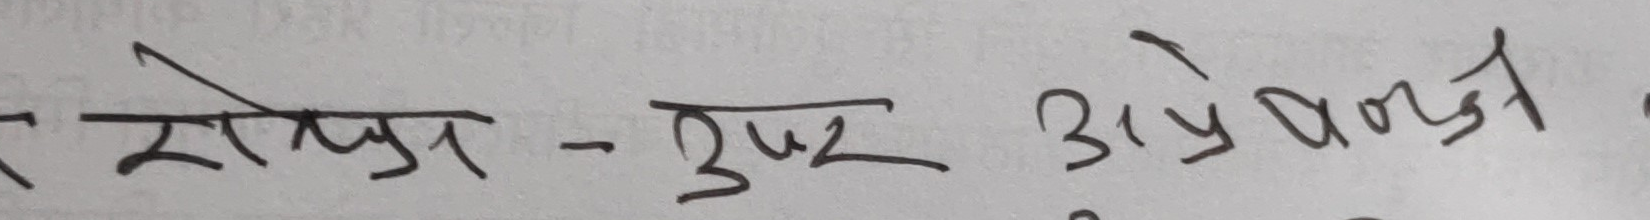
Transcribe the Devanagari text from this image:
रोल्स-दुपर अप्रियत्त्री